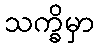
သက္ခိမှာ